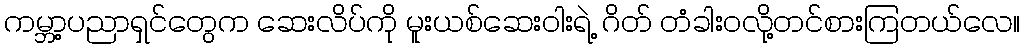
ကမ္ဘာ့ပညာရှင်တွေက ဆေးလိပ်ကို မူးယစ်ဆေးဝါးရဲ့ ဂိတ် တံခါးဝလို့တင်စားကြတယ်လေ။